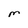
Character: M